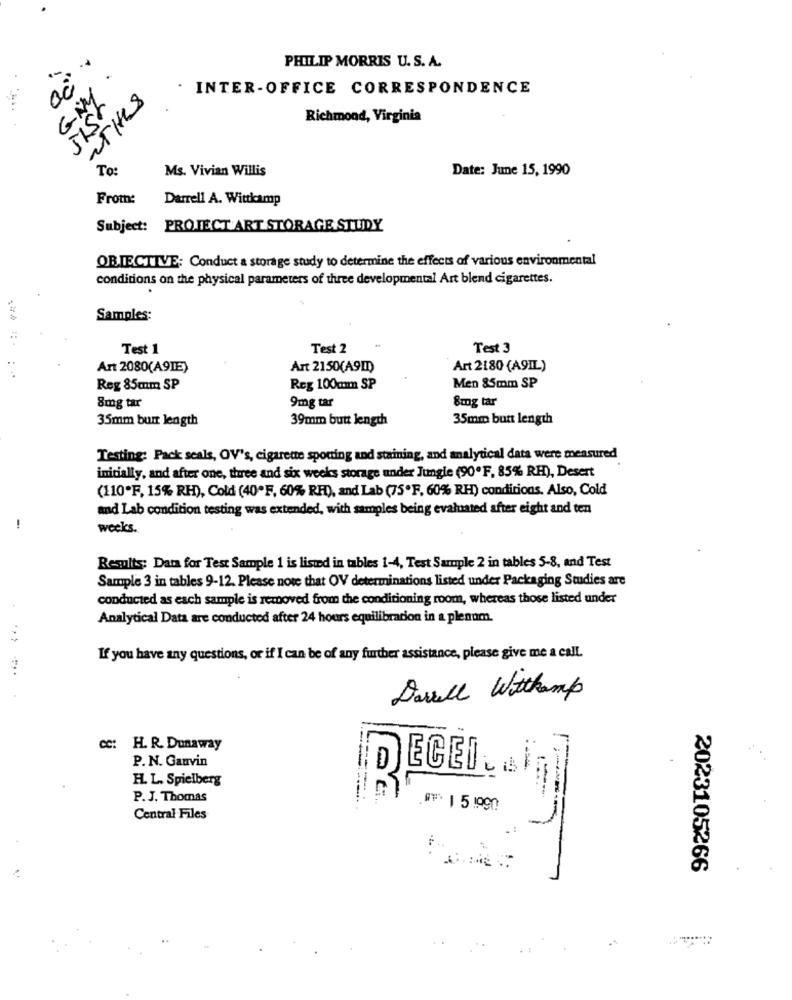
PHILIP MORRIS U. S. A.
.: 30
INTER-OFFICE CORRESPONDENCE
Richmond, Virginia
54/5
To
Ms. Vivian Willis
Date: June 15, 1990
From:
Darrell A. Wittkamp
Subject: PROJECT ART STORAGE STUDY
OBIECTIVE; Conduct a storage study to determine the effects of various environmental
conditions on the physical parameters of three developmental Art blend cigarettes.
Samples:
Test 1
Test 2
Test 3
Art 2080(A9IE)
Art 2150(A9ID)
Art 2180 (A9IL)
Reg 85mm SP
Reg 100mm SP
Men 85mm SP
8mg tar
8mg tar
9mg tar
35mm bunt length
39mm butt length
35mm bunt length
Testing: Pack seals, OV's, cigarette spotting and staining, and analytical data were measured
initially, and after one, three and six weeks storage under Jungle (90ºF, 85% RH), Desert
(110"F, 15% RH), Cold (40ºF, 60% RFD), and Lab (75ºF, 60% RH) conditions. Also, Cold
and Lab condition testing was extended, with samples being evaluated after eight and ten
-
weeks.
Results: Data for Test Sample 1 is listed in tables 1-4, Test Sample 2 in tables 5-8, and Test
Sample 3 in tables 9-12. Please note that OV determinations listed under Packaging Studies are
conducted as each sample is removed from the conditioning room, whereas those listed under
Analytical Data are conducted after 24 hours equilibracion in a plenom.
If you have any questions, or if I can be of any further assistance, please give me a call.
Dawell Withamp
cc:
H. R. Dunaway
P. N. Gauvin
D
JECED . AS
H. L. Spielberg
P. J. Thomas
**: 1 51990
Central Files
2023105266
..